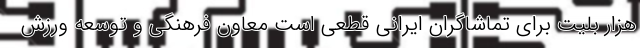
هزار بلیت برای تماشاگران ایرانی قطعی است معاون فرهنگی و توسعه ورزش